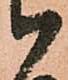
候